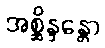
အစ္ဆိန္ဒန္တော